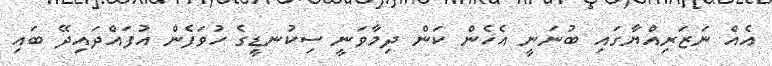
އެއް ނަޒަރިއްޔާގައި ބުނަނީ އެހެން ކަން ދިމާވަނީ ސިކުނޑީގެ ހުވަފެން އުފައްދައިދޭ ބައި